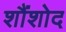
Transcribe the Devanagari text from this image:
शौंशोद